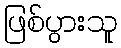
ဖြစ်ပွားသူ